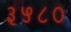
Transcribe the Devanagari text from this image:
३५८०